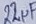
Text: 22µF